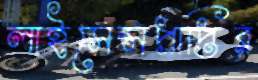
লাইসেন্সপ্রাপ্তির